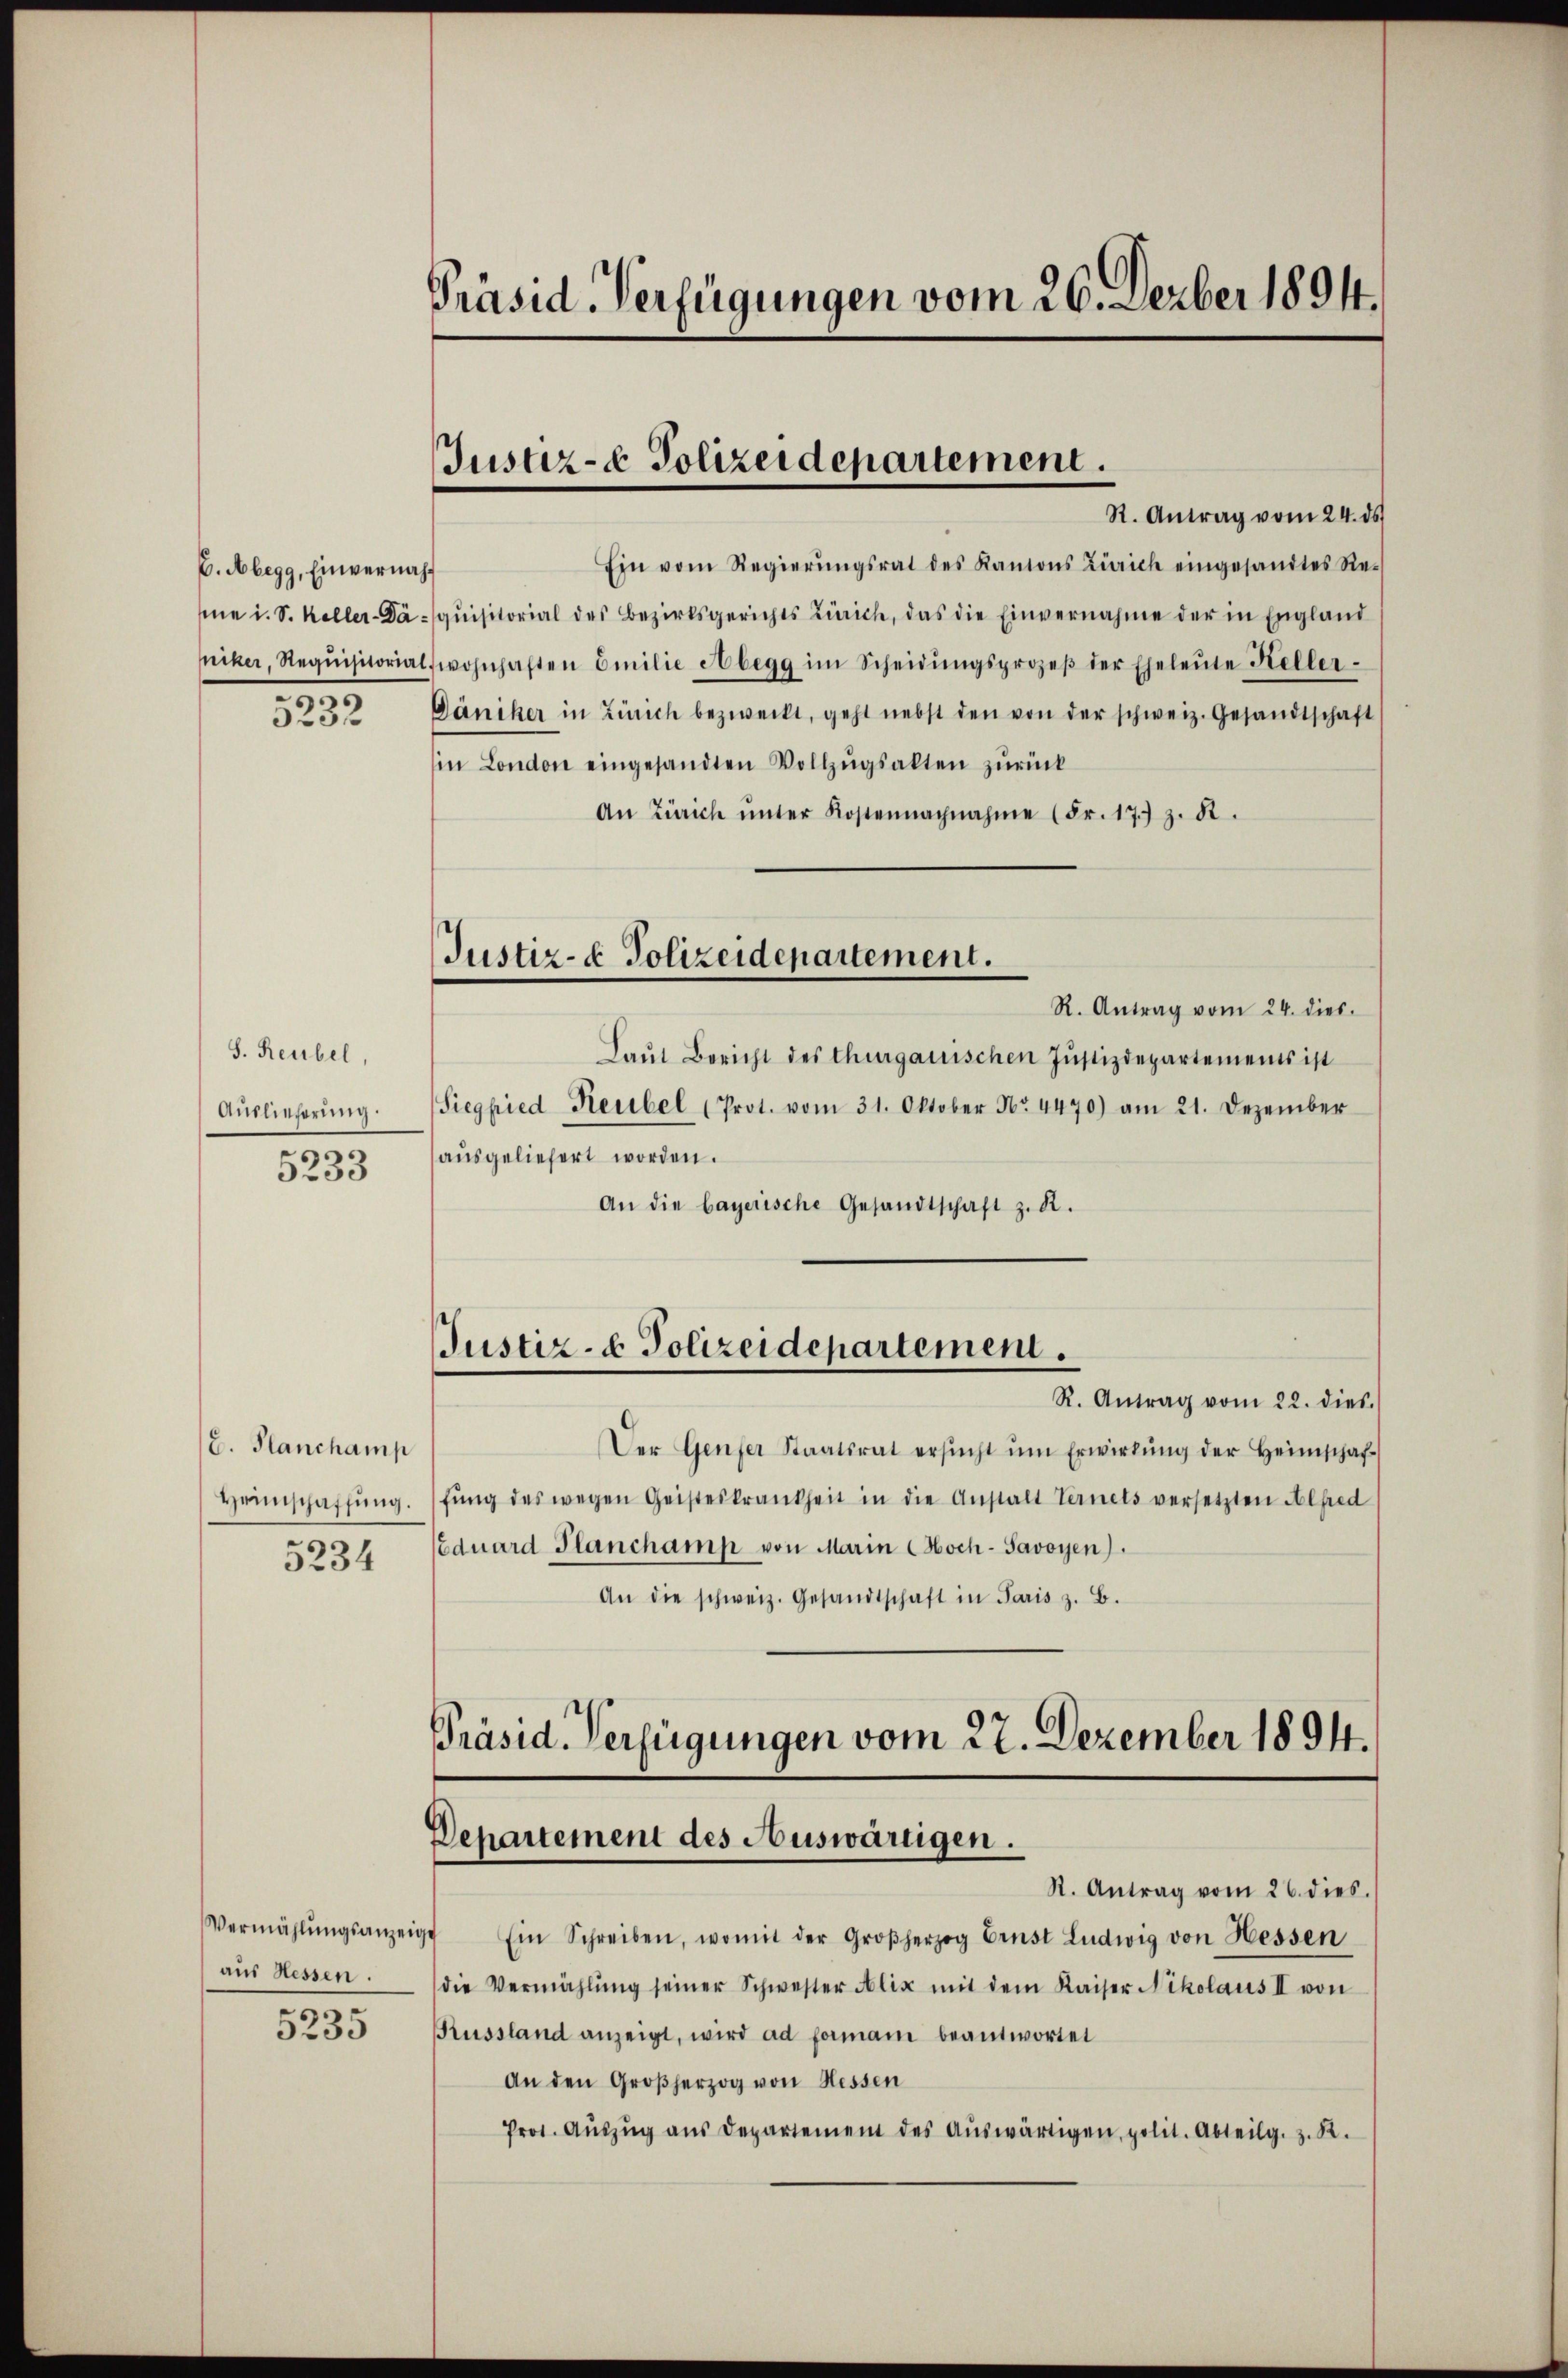
E. Abegg, Einvernahe

3232

S. Reubel,
Auslieferung.
5233

C. Planchamp
Heinschaffung.
5234

aus Hessen.
33.
5250

Präsid. Verfügungen vom 26. Feber 1894.

Justiz- & Polizeidepartement.
R. Antrag vom 24. ds

Ein vom Regierŭngsrat des Kantons Zürich eingesandtes Re-
e i. S. Keller-Daquisitorial des Bezirksgerichts Zürich, das die Einvernahme der in England
niker, Requisitorial wohnhaften Emilie Abegg im Scheidŭngsprozeβ der Eheleŭte Keller-
Däniker in Zürich bezweckt, geht nebst den von der schweiz. Gesandtschaft
in London eingesandten Vollzŭgsalten zurück
An Zürich ŭnter Kostennachnahme (Fr. 17. z. B.

Justiz- & Polizeidepartement.

Justiz- & Polizeidepartement.

Departement des Auswärtigen.
R. Antrag vom 26. dies.

R. Antrag vom 24. dies.
Laŭt Bericht des Thurgauischen Justizdepartements ist
Siegfried Keubel (Prot. vom 31. Oktober Nr. 4470) am 21. Dezember
ausgeliefert worden.
An die bayerische Gesandtschaft z. R.
R. Antrag vom 22. dies.
Der Genfer Staatsrat ersŭcht ŭm Erwirkŭng der Heimschaf
fŭng des wegen Geisteskrankheit in die Anstalt Ternels versetzten Alfred
Eduard Planchamp von Marin Hoch-Savoyen).
An die schweiz. Gesandtschaft in Paris z. B.
Präsid. Verfügungen vom 22. Dezember 1894.

Vermählŭngsanzeige Ein Schreiben, womit der Großherzog Ernst Ludwig von Hessen
die Vermählŭng seiner Schwester Alix mit dem Kaiser Nikolaus II von
Russland anzeigt, wird ad formani beantwortet
An den Großherzog von Hessen
Prot. Aŭszŭg ans Departement des Aŭswärtigen, polit. Abteilg. z. B.